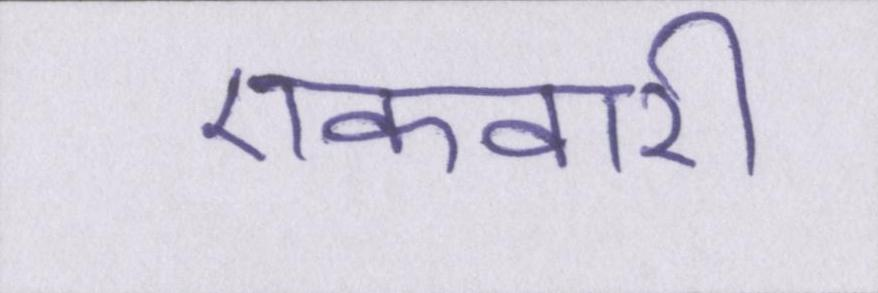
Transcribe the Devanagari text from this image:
एकवारी